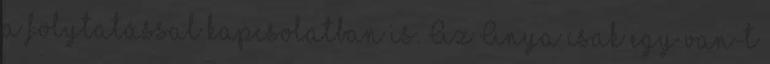
a folytatással kapcsolatban is. Az Anya csak egy van-t